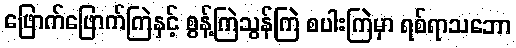
ဖြောက်ဖြောက်ကြဲနှင့် စွန့်ကြဲသွန်ကြဲ စပါးကြဲမှာ ရစ်ရာသဘော